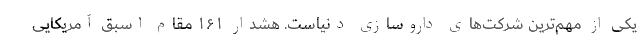
یکی از مهم‌ترین شرکت‌های داروسازی دنیاست. هشدار ۱۶۱ مقام اسبق آمریکایی